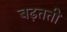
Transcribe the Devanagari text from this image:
बढ़तती